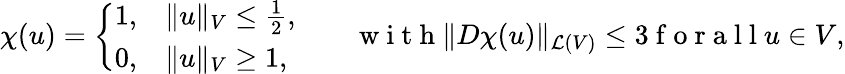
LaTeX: \chi(u)=\left\{ \begin{array}{ll}{1,}&{\Vert u\Vert_{V}\leq\frac 12,}\\ {0,}&{\Vert u\Vert_{V}\geq 1,}\end{array}\right.\qquad\mathrm{~w~i~t~h~}\Vert D\chi(u)\Vert_{\mathcal{L}(V)}\leq 3\mathrm{~f~o~r~a~l~l~}u\in V,